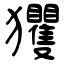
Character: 玃